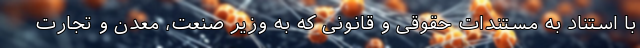
با استناد به مستندات حقوقی و قانونی که به وزیر صنعت، معدن و تجارت